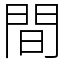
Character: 間